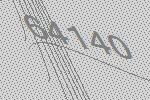
64140